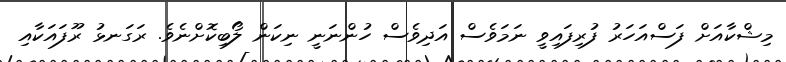
މިޝްކާއަށް ފަސްއަހަރު ފުރިފައިވީ ނަމަވެސް އަދިވެސް ހުންނަނީ ނިކަން ލޯބިކޮށްނެވެ. ރަގަނޅު ރޫފައަކާއި